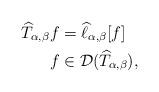
LaTeX: \begin{align*}\widehat{T}_{\alpha,\beta}f & =\widehat{\ell}_{\alpha,\beta}[f]\\f & \in\mathcal{D}(\widehat{T}_{\alpha,\beta}),\end{align*}